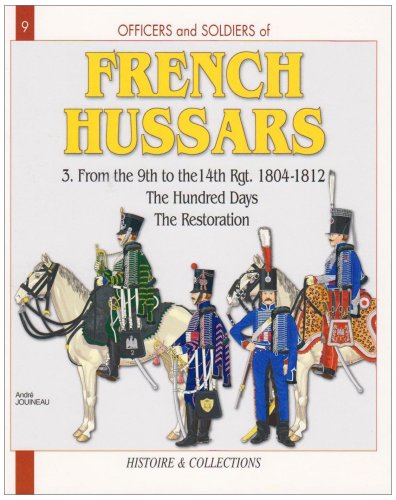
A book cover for Officers and Soldiers of The French Hussars 1804 - 1812 : Volume 3 - From the 9th to the 14th Regiment - the Hundred Days the Restoration - No. 9 in Series; Andre Jouineau; History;